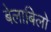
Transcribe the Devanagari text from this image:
बेलाबिलो